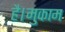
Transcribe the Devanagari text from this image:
है।मुकाम